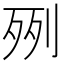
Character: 𣧿